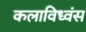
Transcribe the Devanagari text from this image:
कलाविध्वंस